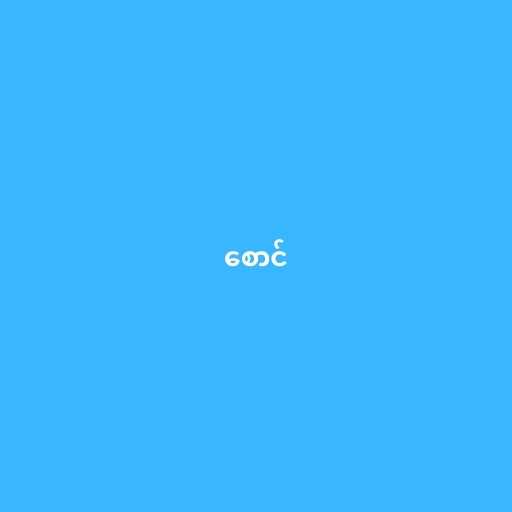
စောင်